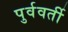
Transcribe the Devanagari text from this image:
पुर्ववर्ती